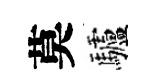
莫驢